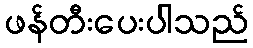
ဖန်တီးပေးပါသည်